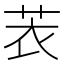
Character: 䒾